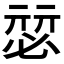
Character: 𰑴